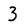
Character: 3